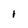
Character: I